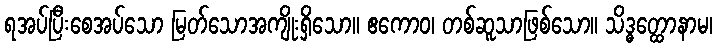
ရအပ်ပြီးစေအပ်သော မြတ်သောအကျိုးရှိသော။ ဧကောဝ၊ တစ်ဆူသာဖြစ်သော။ သိဒ္ဓတ္ထောနာမ၊